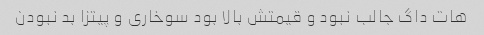
هات داگ جالب نبود و قیمتش بالا بود سوخاری و پیتزا بد نبودن